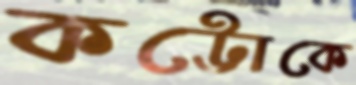
কট্টোকে